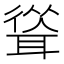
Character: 𦖴